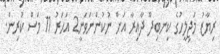
ރިޔާޒު މަޖިލީހުގެ ކިނބިދޫ ދާއިރާ އަށް ނުކުންނަވަނީ2 އަހަރު 11 މަސް ކުރިން.